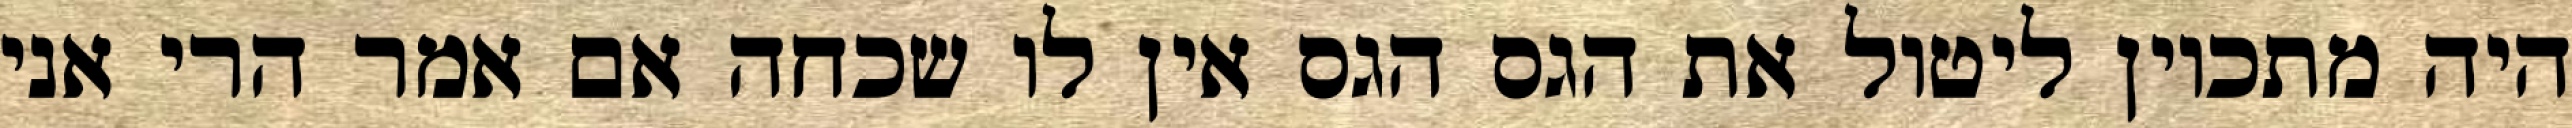
היה מתכוין ליטול את הגס הגס אין לו שכחה אם אמר הרי אני